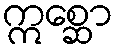
ဣစ္ဆော